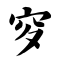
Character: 穸